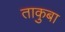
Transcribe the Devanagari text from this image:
ताकुबा